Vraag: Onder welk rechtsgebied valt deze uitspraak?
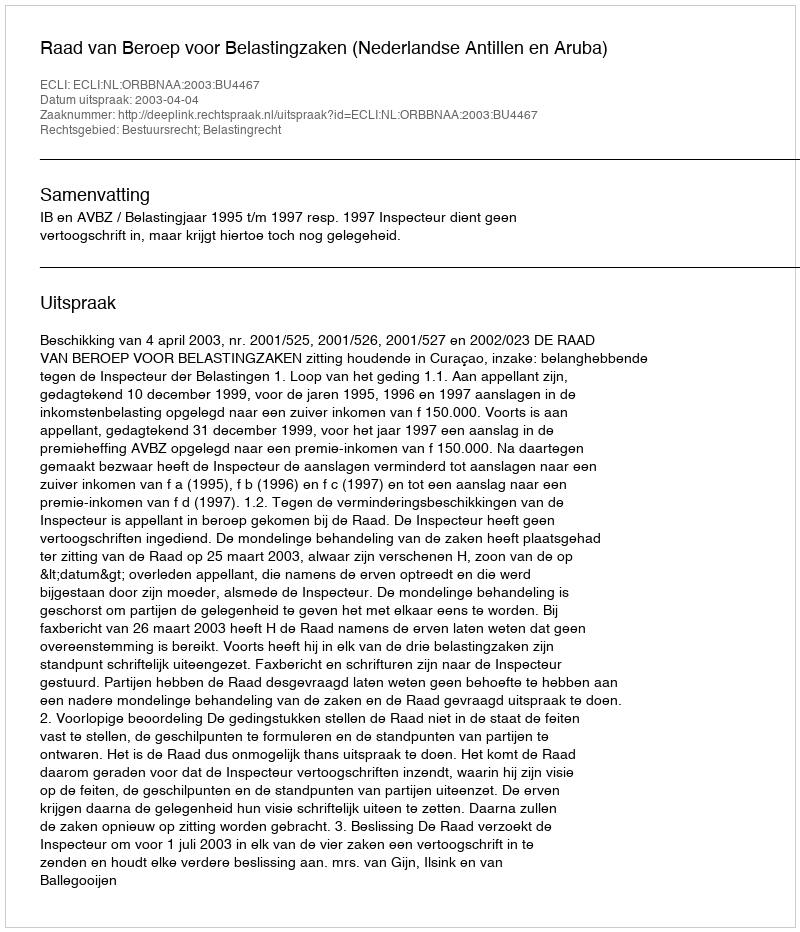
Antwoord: Bestuursrecht; Belastingrecht